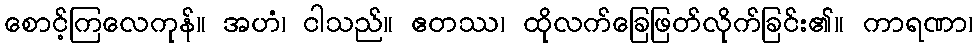
စောင့်ကြလေကုန်။ အဟံ၊ ငါသည်။ ဧတဿ၊ ထိုလက်ခြေဖြတ်လိုက်ခြင်း၏။ ကာရဏာ၊